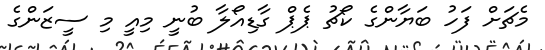
މެޗަށް ފަހު ބަޔާންގެ ކޯޗު ޕެޕް ގާޑިއޯލާ ބުނީ މިއީ މި ސީޒަންގެ